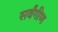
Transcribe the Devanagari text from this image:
सर्वंगीण